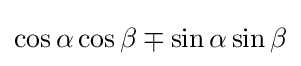
\cos \alpha \cos \beta \mp \sin \alpha \sin \beta